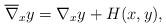
LaTeX: \begin{align*}\overline{\nabla}_xy=\nabla_xy+H(x,y),\end{align*}